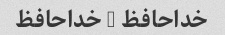
خداحافظ - خداحافظ